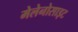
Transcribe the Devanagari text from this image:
मेलेनोसाइट